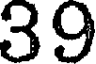
39